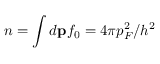
n = \int d { \bf p } f _ { 0 } = 4 \pi p _ { F } ^ { 2 } / h ^ { 2 }